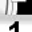
Digit: 1